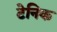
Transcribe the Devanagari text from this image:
टेनिक